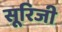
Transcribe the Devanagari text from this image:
सूरिजी